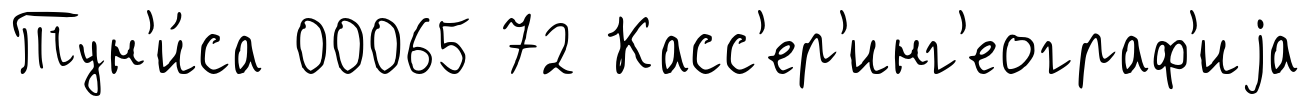
Тун'и́са 00065 72 Касс'ер'инг'еограф'иjа